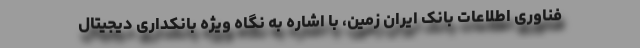
فناوری اطلاعات بانک ایران زمین، با اشاره به نگاه ویژه بانکداری دیجیتال